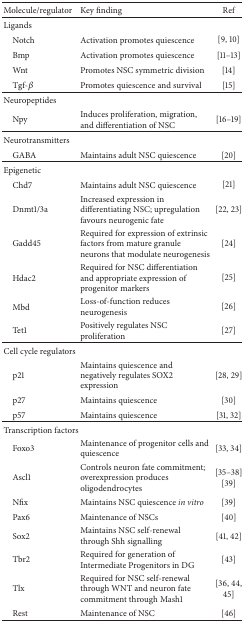
<table><thead><tr><td><b>Molecule/regulator</b></td><td><b>Key finding</b></td><td><b>Ref</b></td></tr></thead><tbody><tr><td>Ligands</td><td> </td><td> </td></tr><tr><td> Notch</td><td>Activation promotes quiescence</td><td>[9, 10]</td></tr><tr><td> Bmp</td><td>Activation promotes quiescence</td><td>[11–13] </td></tr><tr><td> Wnt</td><td>Promotes NSC symmetric division</td><td>[14]</td></tr><tr><td> Tgf-<i>β</i></td><td>Promotes quiescence and survival</td><td>[15]</td></tr><tr><td>Neuropeptides</td><td> </td><td> </td></tr><tr><td> Npy</td><td>Induces proliferation, migration, and differentiation of NSC</td><td>[16–19]</td></tr><tr><td>Neurotransmitters</td><td> </td><td> </td></tr><tr><td> GABA</td><td>Maintains adult NSC quiescence</td><td>[20]</td></tr><tr><td>Epigenetic </td><td> </td><td> </td></tr><tr><td> Chd7</td><td>Maintains adult NSC quiescence</td><td>[21]</td></tr><tr><td> Dnmt1/3a</td><td>Increased expression in differentiating NSC; upregulation favours neurogenic fate</td><td>[22, 23] </td></tr><tr><td> Gadd45</td><td>Required for expression of extrinsic factors from mature granule neurons that modulate neurogenesis</td><td>[24] </td></tr><tr><td> Hdac2</td><td>Required for NSC differentiation and appropriate expression of progenitor markers</td><td>[25] </td></tr><tr><td> Mbd</td><td>Loss-of-function reduces neurogenesis</td><td>[26]</td></tr><tr><td> Tet1</td><td>Positively regulates NSC proliferation</td><td>[27]</td></tr><tr><td>Cell cycle regulators</td><td> </td><td> </td></tr><tr><td> p21</td><td>Maintains quiescence and negatively regulates SOX2 expression</td><td>[28, 29] </td></tr><tr><td> p27</td><td>Maintains quiescence</td><td>[30]</td></tr><tr><td> p57</td><td>Maintains quiescence </td><td>[31, 32]</td></tr><tr><td>Transcription factors</td><td> </td><td> </td></tr><tr><td> Foxo3</td><td>Maintenance of progenitor cells and quiescence</td><td>[33, 34]</td></tr><tr><td> Ascl1</td><td>Controls neuron fate commitment; overexpression produces oligodendrocytes</td><td>[35–38][39]</td></tr><tr><td> Nfix</td><td>Maintains NSC quiescence <i>in vitro</i></td><td>[39] </td></tr><tr><td> Pax6</td><td>Maintenance of NSCs</td><td>[40]</td></tr><tr><td> Sox2</td><td>Maintains NSC self-renewal through Shh signalling</td><td>[41, 42]</td></tr><tr><td> Tbr2</td><td>Required for generation of Intermediate Progenitors in DG</td><td>[43]</td></tr><tr><td> Tlx</td><td>Required for NSC self-renewal through WNT and neuron fate commitment through Mash1</td><td>[36, 44, 45] </td></tr><tr><td> Rest</td><td>Maintenance of NSC</td><td>[46]</td></tr></tbody></table>